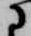
に